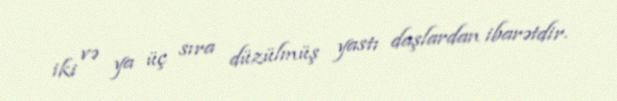
iki və ya üç sıra düzülmüş yastı daşlardan ibarətdir.